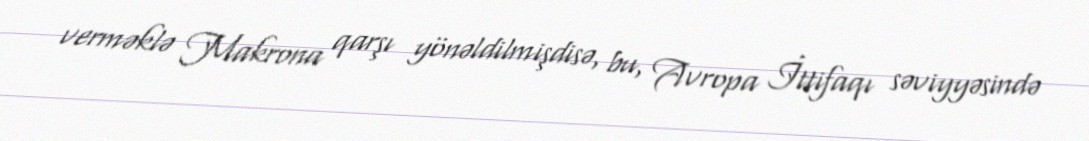
verməklə Makrona qarşı yönəldilmişdisə, bu, Avropa İttifaqı səviyyəsində